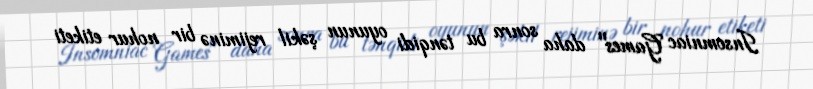
Insomniac Games" daha sonra bu tənqidi oyunun şəkil rejiminə bir nohur etiketi